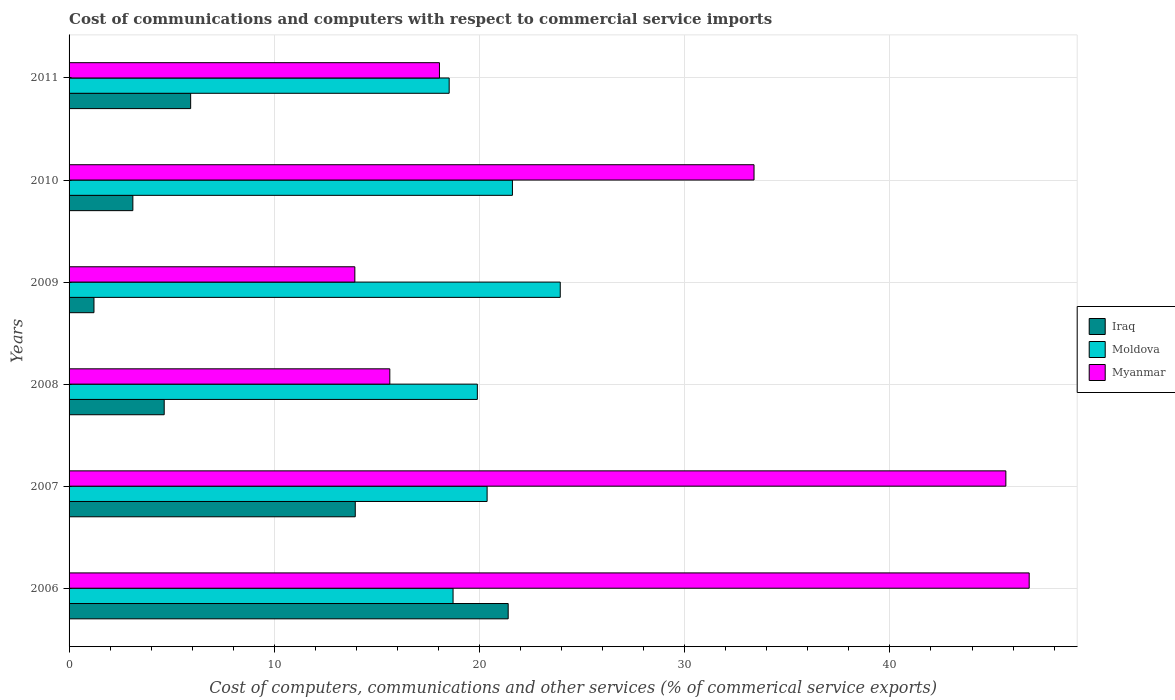
| Years | Iraq | Moldova | Myanmar |
 | --- | --- | --- | --- |
 | 2006 | 21.4 | 18.7 | 46.8 |
 | 2007 | 13.9 | 20.4 | 45.6 |
 | 2008 | 4.64 | 19.9 | 15.6 |
 | 2009 | 1.21 | 23.9 | 13.9 |
 | 2010 | 3.11 | 21.6 | 33.4 |
 | 2011 | 5.92 | 18.5 | 18 |